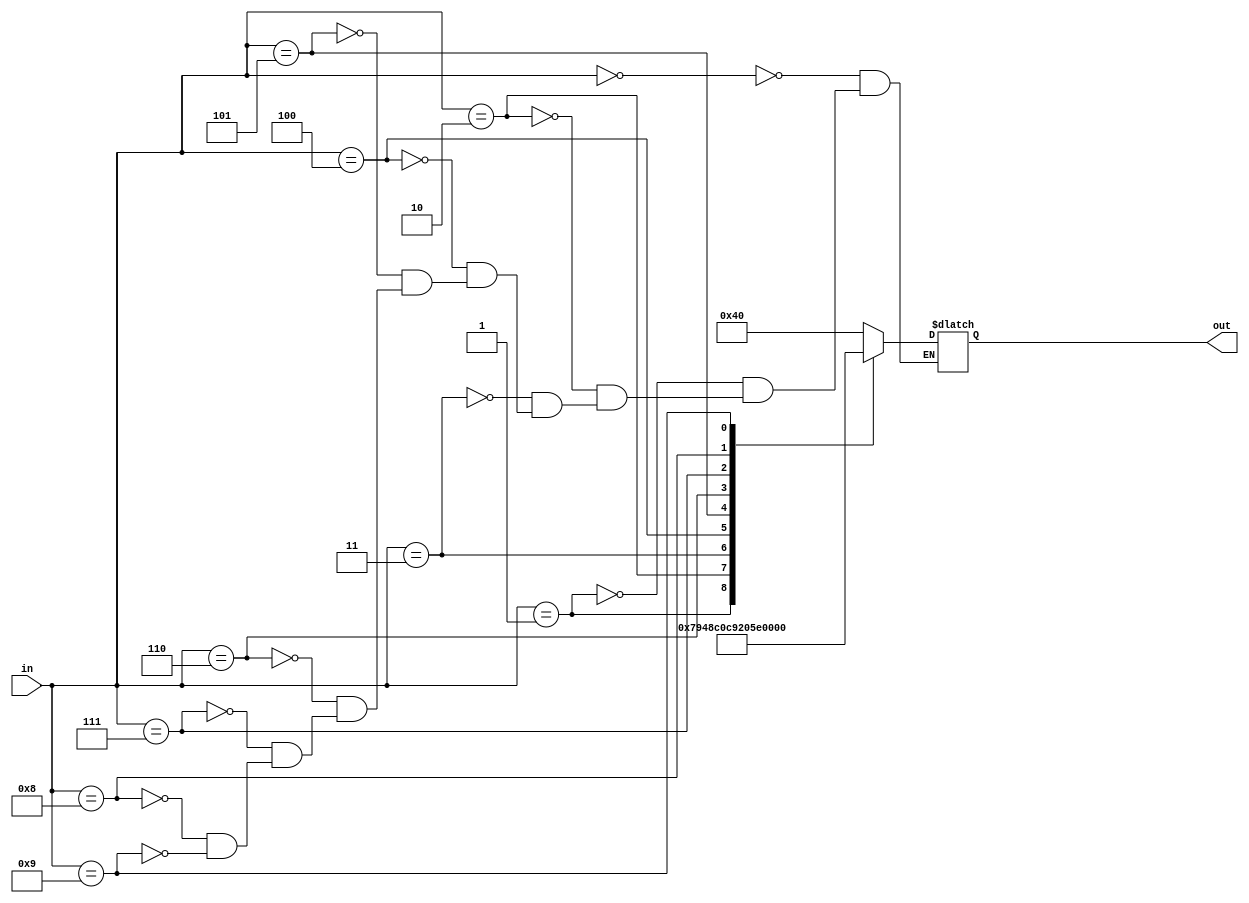
module dec_to_7seg		(out, in);

		output	[6:0] out;
		input		[3:0] in;
		
		reg		[6:0] out;
		
		always @ (*)
			case (in)
			4'h0: out = 7'b1000000;
			4'h1: out = 7'b1111001;
			4'h2: out = 7'b0100100;
			4'h3: out = 7'b0110000;
			4'h4: out = 7'b0011001;
			4'h5: out = 7'b0010010;
			4'h6: out = 7'b0000010;
			4'h7: out = 7'b1111000;
			4'h8: out = 7'b0000000;
			4'h9: out = 7'b0011000;
			endcase
endmodule